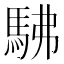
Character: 𮩽